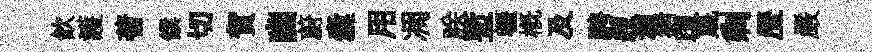
飮護蓍饌切賀幽蔚囊用凋朕塹轣概及騁艘灞猜躅蔑剩歴嚴